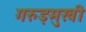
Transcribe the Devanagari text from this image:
गरुड़मुखी